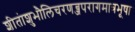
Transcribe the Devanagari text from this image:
शीतंाशुभौलिचरणब्जपरागमात्रभूषा